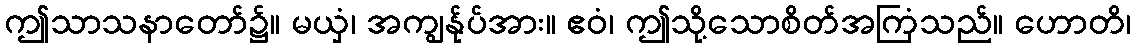
ဤသာသနာတော်၌။ မယှံ၊ အကျွန်ုပ်အား။ ဧဝံ၊ ဤသို့သောစိတ်အကြံသည်။ ဟောတိ၊